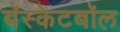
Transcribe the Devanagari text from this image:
बॅस्केटबॉल